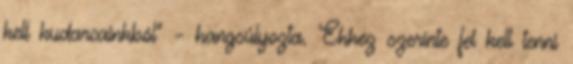
kell kudarcainkból” – hangsúlyozta. Ehhez szerinte fel kell tenni